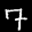
Label: 7